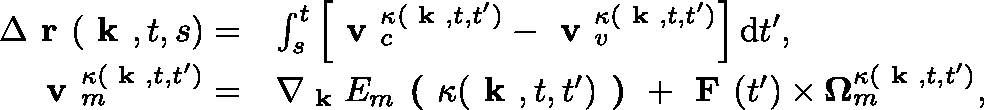
\begin{array} { r l } { \Delta \textbf { r } ( \textbf { k } , t , s ) = } & { \int _ { s } ^ { t } \left[ \textbf { v } _ { c } ^ { \kappa ( \textbf { k } , t , t ^ { \prime } ) } - \textbf { v } _ { v } ^ { \kappa ( \textbf { k } , t , t ^ { \prime } ) } \right] \mathrm { d } t ^ { \prime } , } \\ { \textbf { v } _ { m } ^ { \kappa ( \textbf { k } , t , t ^ { \prime } ) } = } & { \nabla _ { \textbf { k } } E _ { m } \textbf { ( } \kappa ( \textbf { k } , t , t ^ { \prime } ) \textbf { ) } + \textbf { F } ( t ^ { \prime } ) \times \mathbf { \Omega } _ { m } ^ { \kappa ( \textbf { k } , t , t ^ { \prime } ) } , } \end{array}